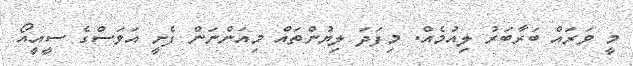
މީ ވަރައް ބަރާބަރު ލިއުމެއް. މިފަދަ ލިޔުންތައް މިއަންނަން ފެށީ އަވަސްގެ ސީއީއޯ